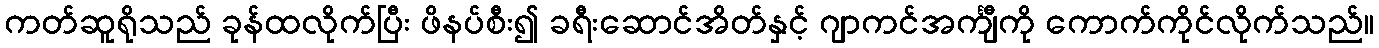
ကတ်ဆူရိုသည် ခုန်ထလိုက်ပြီး ဖိနပ်စီး၍ ခရီးဆောင်အိတ်နှင့် ဂျာကင်အင်္ကျီကို ကောက်ကိုင်လိုက်သည်။